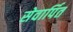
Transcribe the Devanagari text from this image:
सेवार्पित